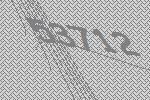
53712